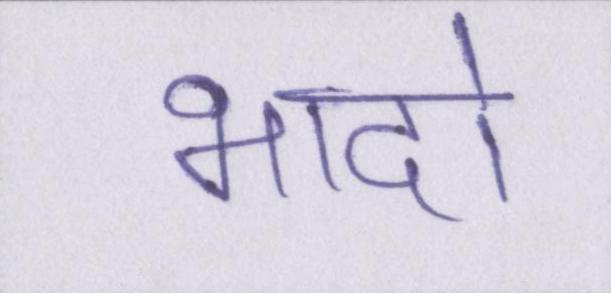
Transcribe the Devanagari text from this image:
भादो